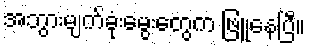
အဘွားမျက်ခုံးမွေးတွေက ဖြူနေပြီ။